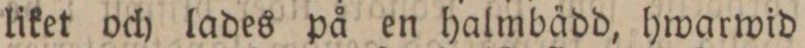
liket och lades på en halmbädd, hwarwid